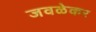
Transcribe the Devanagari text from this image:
जवळेकर